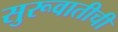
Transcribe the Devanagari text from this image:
सुरूवातीची